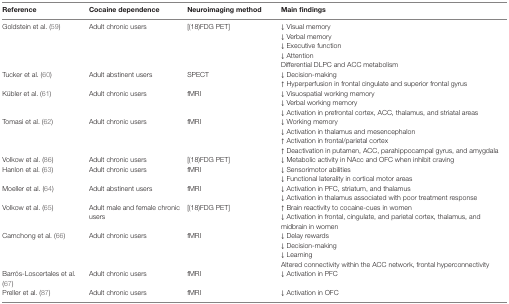
<table><thead><tr><td><b>Reference</b></td><td><b>Cocaine dependence</b></td><td><b>Neuroimaging method</b></td><td><b>Main findings</b></td></tr></thead><tbody><tr><td rowspan="5">Goldstein et al. (59)</td><td rowspan="5">Adult chronic users</td><td rowspan="5">[(18)FDG PET]</td><td>↓ Visual memory</td></tr><tr><td>↓ Verbal memory</td></tr><tr><td>↓ Executive function</td></tr><tr><td>↓ Attention</td></tr><tr><td>Differential DLPC and ACC metabolism</td></tr><tr><td rowspan="2">Tucker et al. (60)</td><td rowspan="2">Adult abstinent users</td><td rowspan="2">SPECT</td><td>↓ Decision-making</td></tr><tr><td>↑ Hyperperfusion in frontal cingulate and superior frontal gyrus</td></tr><tr><td rowspan="3">Kübler et al. (61)</td><td rowspan="3">Adult chronic users</td><td rowspan="3">fMRI</td><td>↓ Visuospatial working memory</td></tr><tr><td>↓ Verbal working memory</td></tr><tr><td>↓ Activation in prefrontal cortex, ACC, thalamus, and striatal areas</td></tr><tr><td rowspan="4">Tomasi et al. (62)</td><td rowspan="4">Adult chronic users</td><td rowspan="4">fMRI</td><td>↓ Working memory</td></tr><tr><td>↓ Activation in thalamus and mesencephalon</td></tr><tr><td>↑ Activation in frontal/parietal cortex</td></tr><tr><td>↑ Deactivation in putamen, ACC, parahippocampal gyrus, and amygdala</td></tr><tr><td>Volkow et al. (86)</td><td>Adult chronic users</td><td>[(18)FDG PET]</td><td>↓ Metabolic activity in NAcc and OFC when inhibit craving</td></tr><tr><td rowspan="2">Hanlon et al. (63)</td><td rowspan="2">Adult chronic users</td><td rowspan="2">fMRI</td><td>↓ Sensorimotor abilities</td></tr><tr><td>↓ Functional laterality in cortical motor areas</td></tr><tr><td rowspan="2">Moeller et al. (64)</td><td rowspan="2">Adult abstinent users</td><td rowspan="2">fMRI</td><td>↓ Activation in PFC, striatum, and thalamus</td></tr><tr><td>↓ Activation in thalamus associated with poor treatment response</td></tr><tr><td rowspan="2">Volkow et al. (65)</td><td rowspan="2">Adult male and female chronic users</td><td rowspan="2">[(18)FDG PET]</td><td>↑ Brain reactivity to cocaine-cues in women</td></tr><tr><td>↓ Activation in frontal, cingulate, and parietal cortex, thalamus, and midbrain in women</td></tr><tr><td rowspan="4">Camchong et al. (66)</td><td rowspan="4">Adult chronic users</td><td rowspan="4">fMRI</td><td>↓ Delay rewards</td></tr><tr><td>↓ Decision-making</td></tr><tr><td>↓ Learning</td></tr><tr><td>Altered connectivity within the ACC network, frontal hyperconnectivity</td></tr><tr><td>Barrós-Loscertales et al. (67)</td><td>Adult chronic users</td><td>fMRI</td><td>↓ Activation in PFC</td></tr><tr><td>Preller et al. (87)</td><td>Adult chronic users</td><td>fMRI</td><td>↓ Activation in OFC</td></tr></tbody></table>